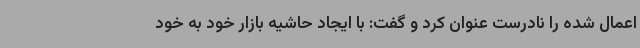
اعمال شده را نادرست عنوان کرد و گفت: با ایجاد حاشیه بازار خود به خود